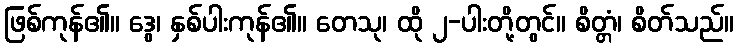
ဖြစ်ကုန်၏။ ဒွေ၊ နှစ်ပါးကုန်၏။ တေသု၊ ထို ၂-ပါးတို့တွင်။ စိတ္တံ၊ စိတ်သည်။